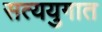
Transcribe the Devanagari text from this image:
सत्ययुगात